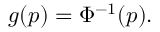
g ( p ) = \Phi ^ { - 1 } ( p ) . \,